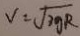
V = \sqrt { 3 g R }